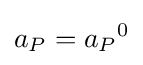
a_{P}={a_{P}}^{0}